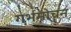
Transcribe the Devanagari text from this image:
गर्भमोचन